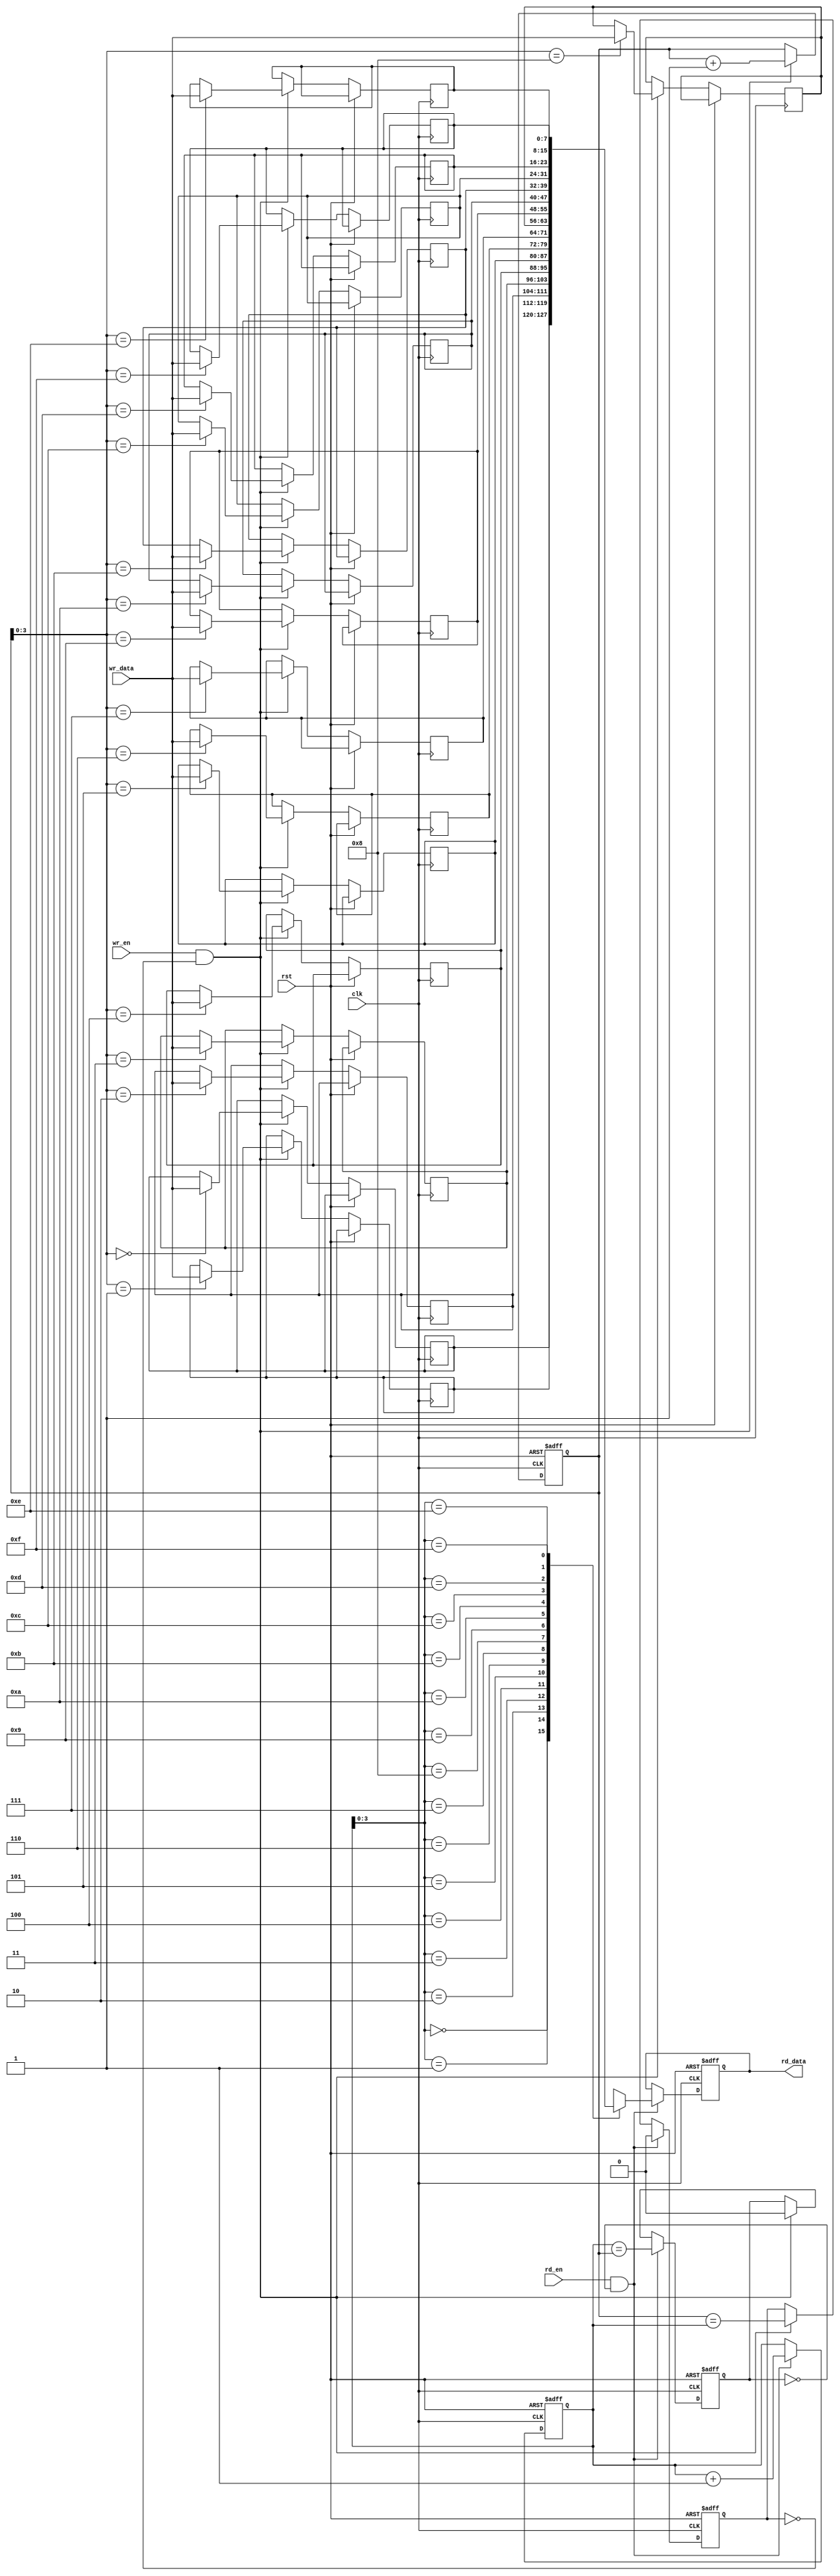
module dual_port_fifo (
    input clk,
    input rst,
    input wr_en,
    input [DATA_WIDTH-1:0] wr_data,
    input rd_en,
    output reg [DATA_WIDTH-1:0] rd_data
);

parameter DATA_WIDTH = 8;
parameter DEPTH = 16;

reg [DATA_WIDTH-1:0] fifo [0:DEPTH-1];
reg [DEPTH-1:0] wr_ptr, rd_ptr;
reg full, empty;

always @(posedge clk or posedge rst) begin
    if (rst) begin
        wr_ptr <= 0;
        rd_ptr <= 0;
        full <= 0;
        empty <= 1;
        rd_data <= 0;
    end else begin
        if (wr_en && !full) begin
            fifo[wr_ptr] <= wr_data;
            wr_ptr <= wr_ptr + 1;
            full <= (wr_ptr == rd_ptr);
            empty <= 0;
        end
        if (rd_en && !empty) begin
            rd_data <= fifo[rd_ptr];
            rd_ptr <= rd_ptr + 1;
            empty <= (rd_ptr == wr_ptr);
            full <= 0;
        end
    end
end

endmodule